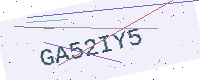
Text: GA52IY5